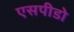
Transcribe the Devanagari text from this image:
एसपीडो